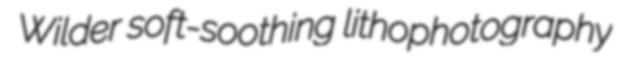
Wilder soft-soothing lithophotography